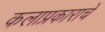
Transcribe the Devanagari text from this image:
कलाप्रकाराचे